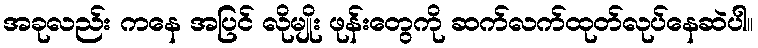
အခုလည်း ကနေ အပြင် လိုမျိုး ဖုန်းတွေကို ဆက်လက်ထုတ်လုပ်နေဆဲပါ။